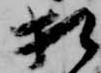
相